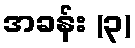
အခန်း (၃)